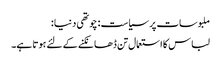
ملبوسات پر سیاست : چوتھی دنیا :
لباس کا استعمال تن ڈھانکنے کے لئے ہوتا ہے۔